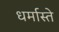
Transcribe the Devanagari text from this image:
धर्मास्ते